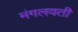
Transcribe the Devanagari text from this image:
मंगलवती